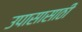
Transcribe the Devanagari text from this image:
उपासासाठी